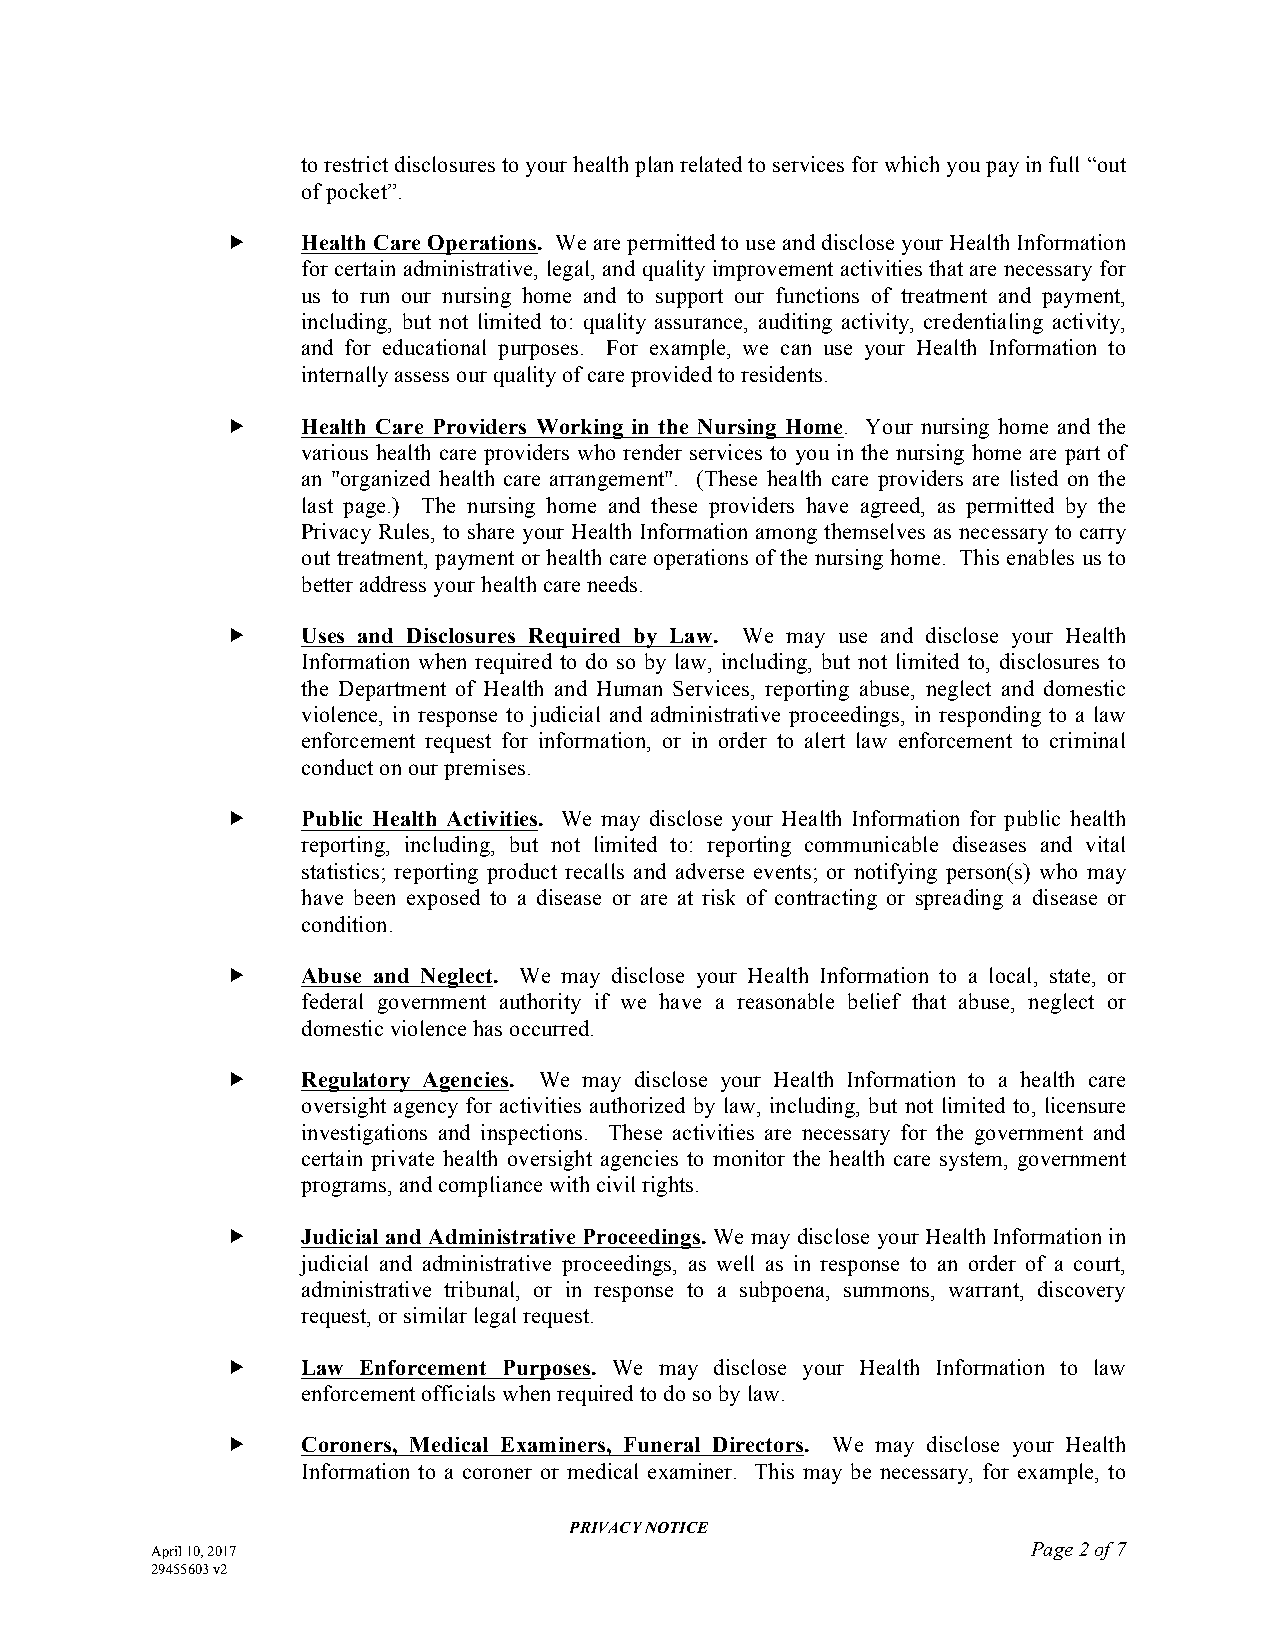
to restrict disclosures to your health plan related to services for which you pay in full “out
 of pocket”.
     Health Care Operations. We are permitted to use and disclose your Health Information
 for certain administrative, legal, and quality improvement activities that are necessary for
 us to run our nursing home and to support our functions of treatment and payment,
 including, but not limited to: quality assurance, auditing activity, credentialing activity,
 and for educational purposes. For example, we can use your Health Information to
 internally assess our quality of care provided to residents.
     Health Care Providers Working in the Nursing Home. Your nursing home and the
 various health care providers who render services to you in the nursing home are part of
 an "organized health care arrangement". (These health care providers are listed on the
 last page.) The nursing home and these providers have agreed, as permitted by the
 Privacy Rules, to share your Health Information among themselves as necessary to carry
 out treatment, payment or health care operations of the nursing home. This enables us to
 better address your health care needs.
     Uses and Disclosures Required by Law. We may use and disclose your Health
 Information when required to do so by law, including, but not limited to, disclosures to
 the Department of Health and Human Services, reporting abuse, neglect and domestic
 violence, in response to judicial and administrative proceedings, in responding to a law
 enforcement request for information, or in order to alert law enforcement to criminal
 conduct on our premises.
     Public Health Activities. We may disclose your Health Information for public health
 reporting, including, but not limited to: reporting communicable diseases and vital
 statistics; reporting product recalls and adverse events; or notifying person(s) who may
 have been exposed to a disease or are at risk of contracting or spreading a disease or
 condition.
     Abuse and Neglect. We may disclose your Health Information to a local, state, or
 federal government authority if we have a reasonable belief that abuse, neglect or
 domestic violence has occurred.
     Regulatory Agencies. We may disclose your Health Information to a health care
 oversight agency for activities authorized by law, including, but not limited to, licensure
 investigations and inspections. These activities are necessary for the government and
 certain private health oversight agencies to monitor the health care system, government
 programs, and compliance with civil rights.
     Judicial and Administrative Proceedings. We may disclose your Health Information in
 judicial and administrative proceedings, as well as in response to an order of a court,
 administrative tribunal, or in response to a subpoena, summons, warrant, discovery
 request, or similar legal request.
     Law Enforcement Purposes. We may disclose your Health Information to law
 enforcement officials when required to do so by law.
     Coroners, Medical Examiners, Funeral Directors. We may disclose your Health
 Information to a coroner or medical examiner. This may be necessary, for example, to
 PRIVACY NOTICE
 April 10, 2017                                            Page 2 of 7
 29455603 v2